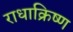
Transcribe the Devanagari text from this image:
राधाक्रिष्ण